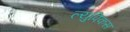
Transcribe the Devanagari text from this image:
ल्युपिकस